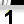
Digit: 1